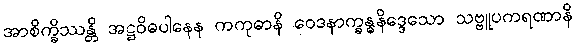
အာစိက္ခိဿန္တိ အဋ္ဌဝိဓပါနေန ကကုဓာနိ ဝေဒနာက္ခန္ဓနိဒ္ဒေသော သဗ္ဗူပကရဏာနိ